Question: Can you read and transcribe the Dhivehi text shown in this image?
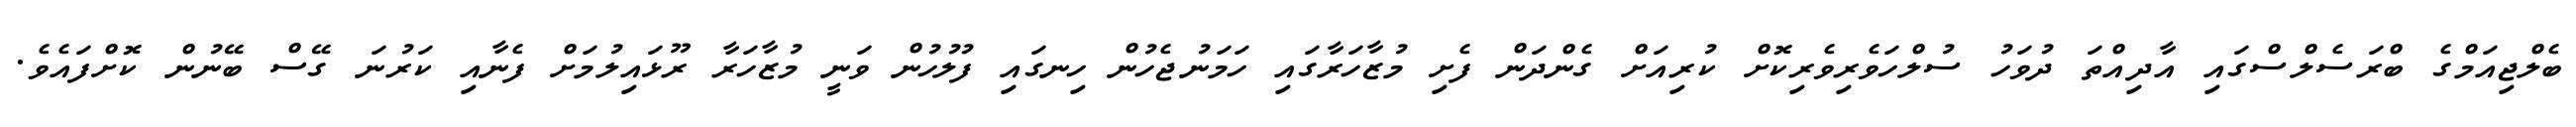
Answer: ބެލްޖިއަމްގެ ބްރަސެލްސްގައި އާދިއްތަ ދުވަހު ސުލްހަވެރިވެރިކޮށް ކުރިއަށް ގެންދަން ފެށި މުޒާހަރާގައި ހަމަނުޖެހުން ހިނގައި ފުލުހުން ވަނީ މުޒާހަރާ ރޫޅައިލުމަށް ފެނާއި ކަރުނަ ގޭސް ބޭނުން ކޮށްފައެވެ.